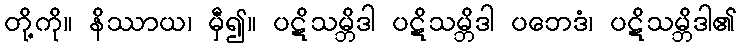
တို့ကို။ နိဿာယ၊ မှီ၍။ ပဋိသမ္ဘိဒါ ပဋိသမ္ဘိဒါ ပဘေဒံ၊ ပဋိသမ္ဘိဒါ၏